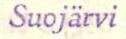
Suojärvi